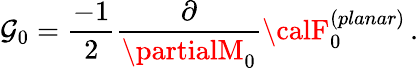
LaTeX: {\cal\mathcal{G}}_{0}=\frac{{-1}}{{2}}\frac{{\partial}}{{\partialM_{0}}}{\calF}_{0}^{(planar)}\, .